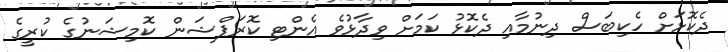
ދެކޮޅަށް ހެކިބަސް ދިނުމާއި ދެކޮޅު ކަމަށް ވިދާޅުވެ އެންޓި ކޮރަޕްޝަން ކޮމިޝަނުގެ ކުރީގެ